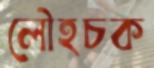
লৌহচক